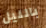
بالليل